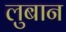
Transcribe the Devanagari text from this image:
लुबान